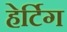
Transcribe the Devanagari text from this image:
हेर्टिग